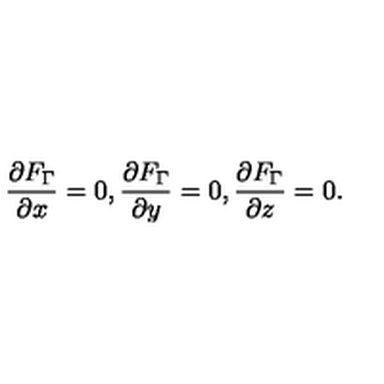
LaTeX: \frac { \partial F _ { \Gamma } } { \partial x } = 0 , \frac { \partial F _ { \Gamma } } { \partial y } = 0 , \frac { \partial F _ { \Gamma } } { \partial z } = 0 .